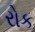
રોક